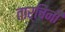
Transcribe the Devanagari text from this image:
तार्चिनी